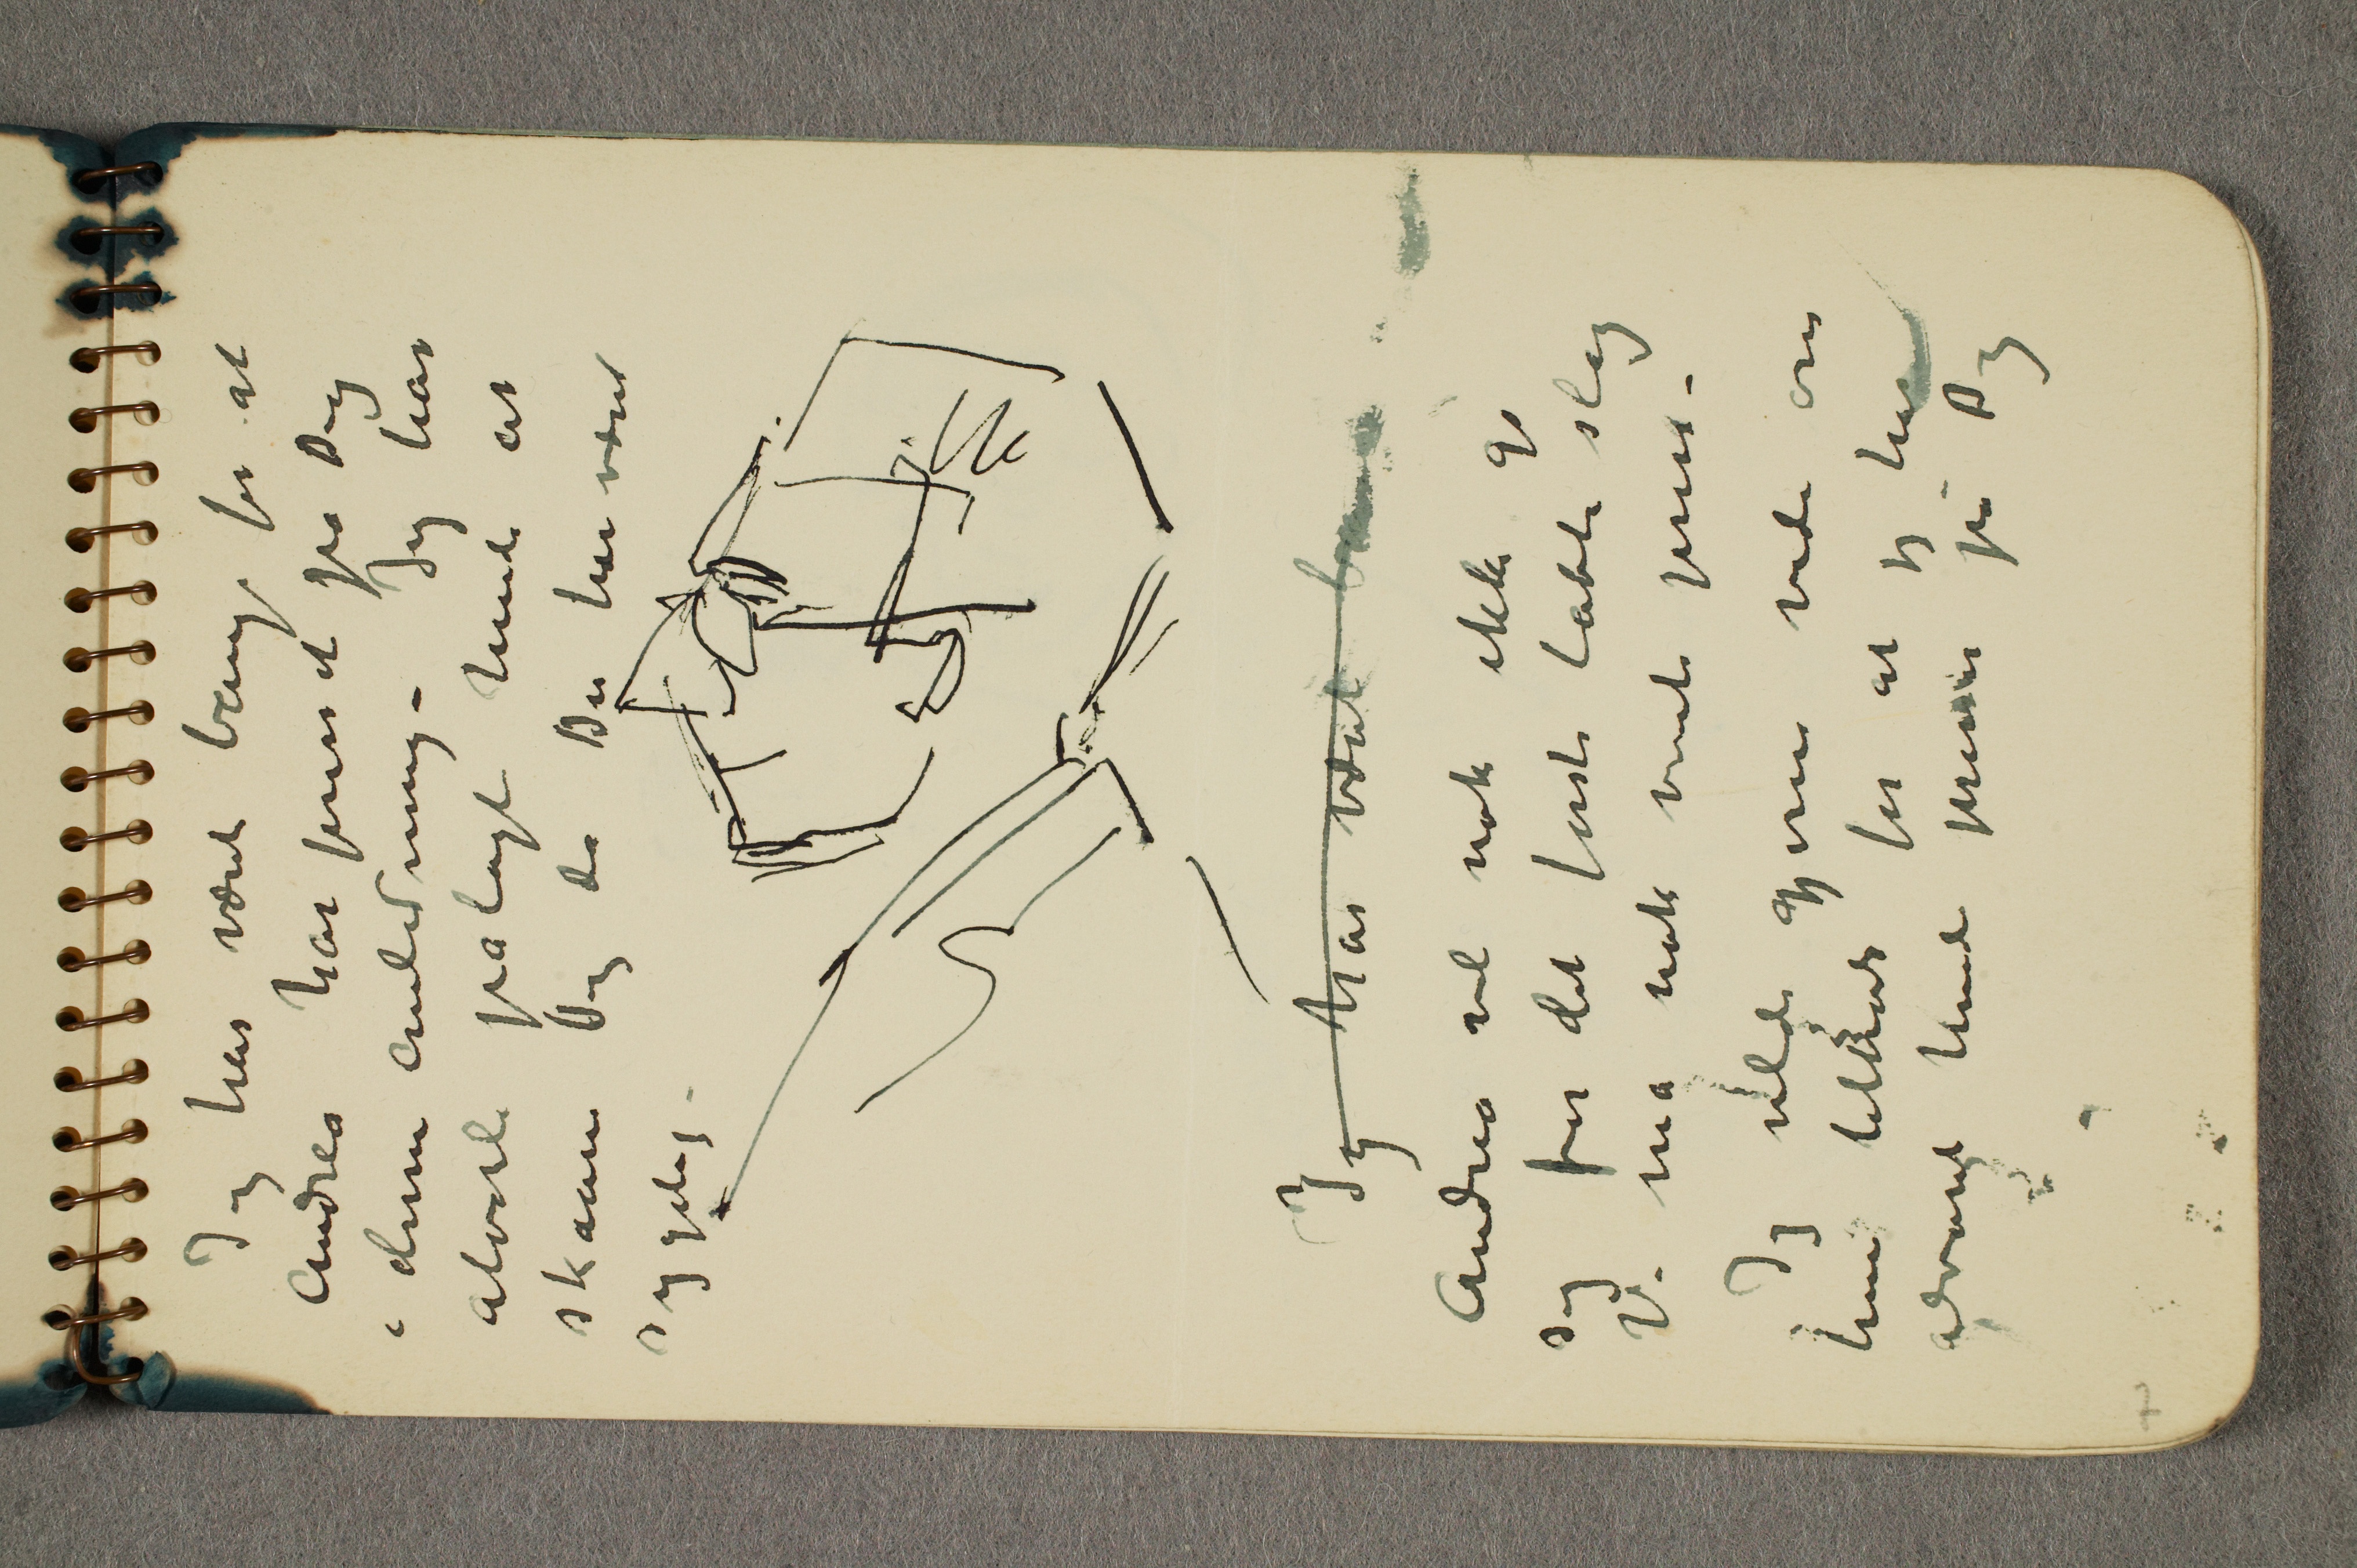
Jeg har vært b...
Andrea vil nok ikke gi
sig for det første tabte slag
Vi må nok vente press –
Jeg vilde gjerne vide om
hun tiltrods for at jeg har
advaret hende presser på Dig

Jeg har været bange for at
Andrea har presset på Dig
i denne Anledning – Jeg har
alvorli pålagt hende at
skaan Dig da Du har været
sygelig.